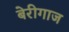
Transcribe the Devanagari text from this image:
बेरीगाज